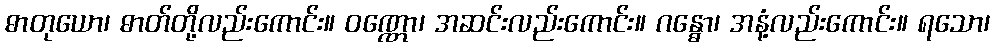
ဓာတုယော၊ ဓာတ်တို့လည်းကောင်း။ ဝဏ္ဏော၊ အဆင်းလည်းကောင်း။ ဂန္ဓော၊ အနံ့လည်းကောင်း။ ရသော၊